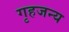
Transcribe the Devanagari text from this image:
गृहजन्य